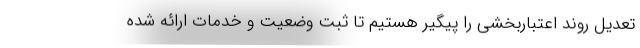
تعدیل روند اعتباربخشی را پیگیر هستیم تا ثبت وضعیت و خدمات ارائه شده